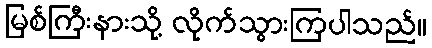
မြစ်ကြီးနားသို့ လိုက်သွားကြပါသည်။